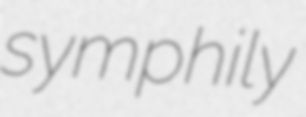
symphily